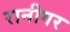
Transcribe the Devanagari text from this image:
रानीगर